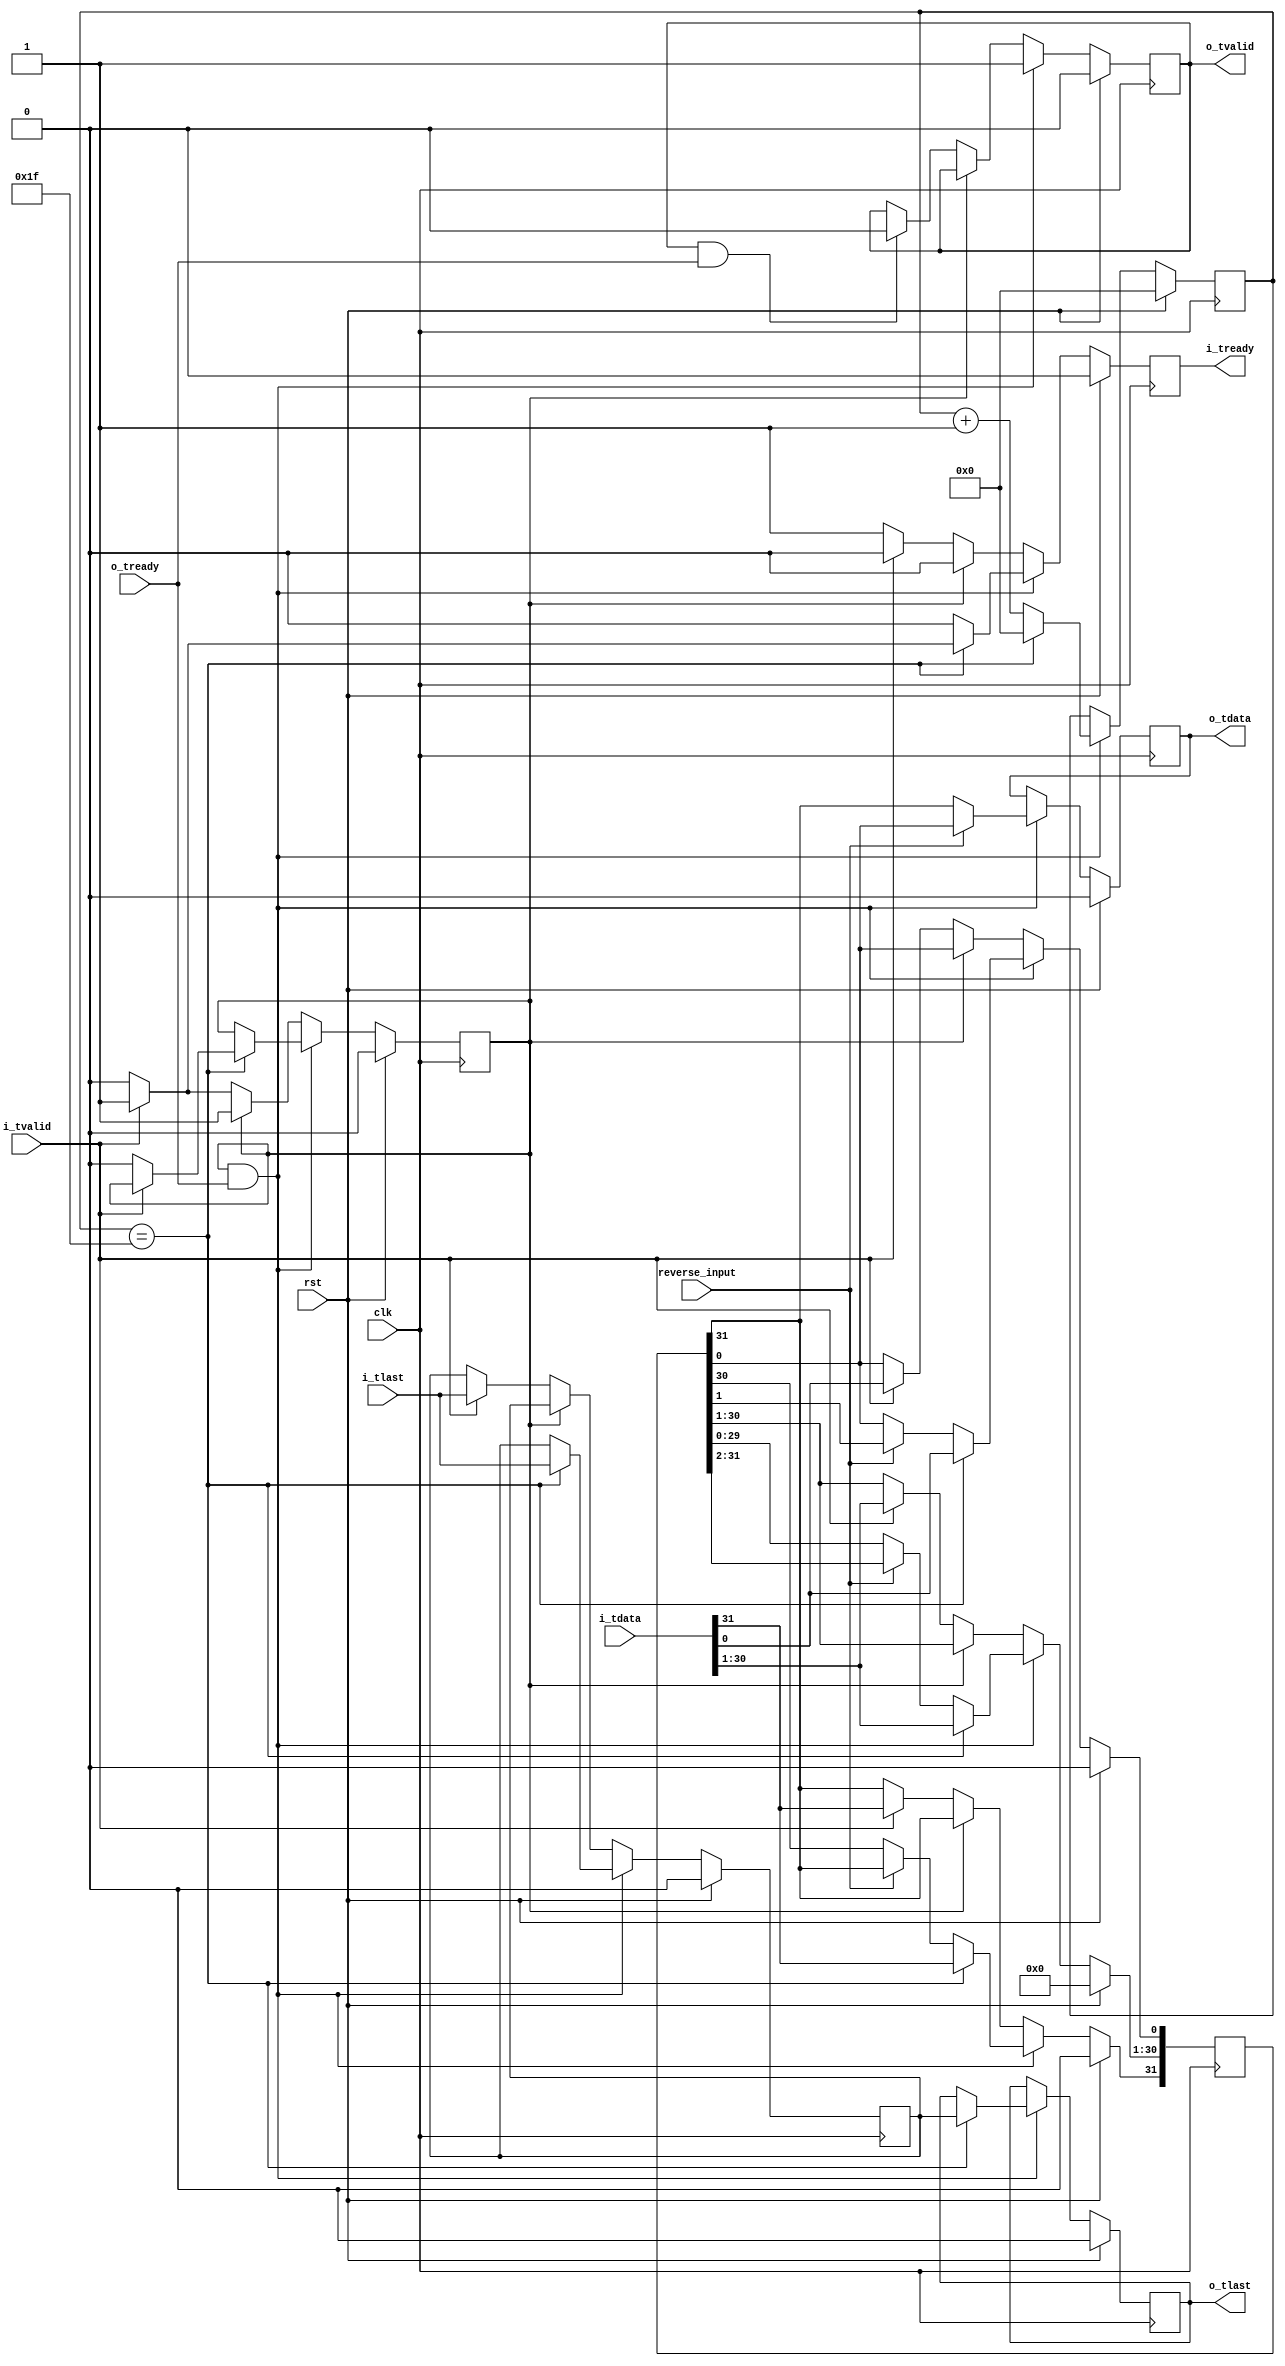
//
// Copyright 2015 Ettus Research LLC
// Copyright 2018 Ettus Research, a National Instruments Company
//
// SPDX-License-Identifier: LGPL-3.0-or-later
//

module axi_serializer #(
  parameter WIDTH = 32)
(
  input clk, input rst, input reverse_input,
  input [WIDTH-1:0] i_tdata, input  i_tlast, input i_tvalid,  output reg i_tready,
  output reg o_tdata, output reg o_tlast, output reg o_tvalid, input o_tready
);

  reg i_tlast_latch;
  reg [WIDTH-1:0] serial_data_reg;
  reg [$clog2(WIDTH)-1:0] serial_cnt;
  reg serializing;

  always @(posedge clk) begin
    if (rst) begin
      i_tready        <= 1'b0;
      i_tlast_latch   <= 1'b0;
      o_tdata         <= 1'b0;
      o_tlast         <= 1'b0;
      o_tvalid        <= 1'b0;
      serial_data_reg <= 'd0;
      serializing     <= 1'b0;
      serial_cnt      <= 0;
    end else begin
      i_tready <= 1'b0;
      // Shift out a bit when downstream can consume it
      if (serializing & o_tready) begin
        o_tvalid <= 1'b1;
        if (reverse_input) begin
          o_tdata                    <= serial_data_reg[0];
          serial_data_reg[WIDTH-2:0] <= serial_data_reg[WIDTH-1:1];
        end else begin
          o_tdata                    <= serial_data_reg[WIDTH-1];
          serial_data_reg[WIDTH-1:1] <= serial_data_reg[WIDTH-2:0];
        end
        if (serial_cnt == WIDTH-1) begin
          serial_cnt      <= 0;
          serial_data_reg <= i_tdata;
          i_tlast_latch   <= i_tlast;
          o_tlast         <= i_tlast_latch;
          if (~i_tvalid) begin
            serializing <= 1'b0;
          end else begin
            i_tready <= 1'b1;
          end
        end else begin
          serial_cnt <= serial_cnt + 1;
        end
      end else if (~serializing) begin
        i_tready <= 1'b1;
        if (o_tvalid && o_tready) begin
          o_tvalid <= 1'b0;
        end
        // Serial shift register (serial_data_reg) is empty, load it 
        if (i_tvalid) begin
          i_tready        <= 1'b0;
          serializing     <= 1'b1;
          i_tlast_latch   <= i_tlast;
          serial_data_reg <= i_tdata;
        end
      end
    end
  end

endmodule